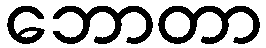
ဘောတာ